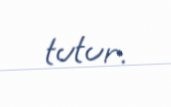
tutur.